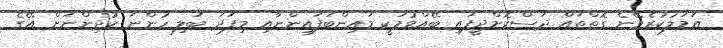
އަމަލުކުރެވޭނެ ގޮތްތައް ދަސްކޮށްދީފައި ބޭއްވުމަކީ މައިންބަފައިންނާއި މިފަދަ ބަލި ހުންނަ ކުދިންނަށް އޭގެ